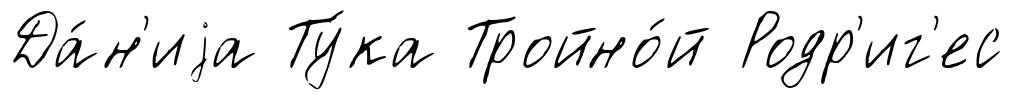
Да́н'иjа Ту́ка Тройно́й Родр'иг'ес